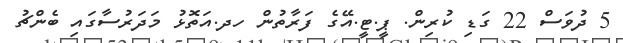
5 ދުވަސް 22 ގަޑި ކުރިން. ޕީ.ޓީ.އޭގެ ފަރާތުން ހދ.އަތޮޅު މަދަރުސާގައި ބެންޗު